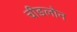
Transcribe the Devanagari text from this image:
चीङलोन